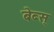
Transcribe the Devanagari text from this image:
बेब्स्